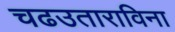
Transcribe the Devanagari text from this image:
चढउताराविना